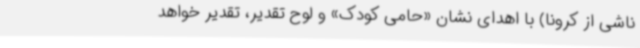
ناشی از کرونا) با اهدای نشان «حامی کودک» و لوح تقدیر، تقدیر خواهد